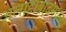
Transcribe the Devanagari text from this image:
अलाहाबादमधल्या